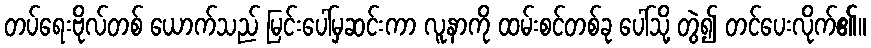
တပ်ရေးဗိုလ်တစ် ယောက်သည် မြင်းပေါ်မှဆင်းကာ လူနာကို ထမ်းစင်တစ်ခု ပေါ်သို့ တွဲ၍ တင်ပေးလိုက်၏။